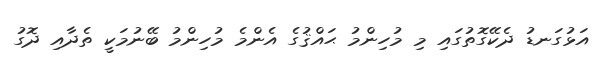
އަޅުގަނޑު ދެކޭގޮތުގައި މި މުހިންމު ޙައްޤުގެ އެންމެ މުހިންމު ބޭނުމަކީ ތެދާއި ދޮގު